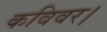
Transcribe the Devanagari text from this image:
कविवर।